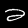
Label: 2